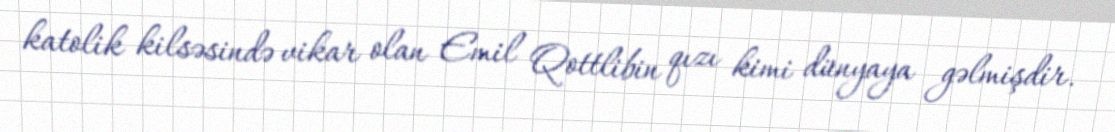
katolik kilsəsində vikar olan Emil Qottlibin qızı kimi dünyaya gəlmişdir.